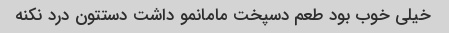
خیلی خوب بود طعم دسپخت مامانمو داشت دستتون درد نکنه